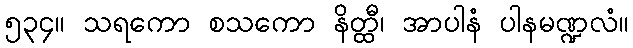
၅၃၄။ သရကော စသကော နိတ္ထီ၊ အာပါနံ ပါနမဏ္ဍလံ။